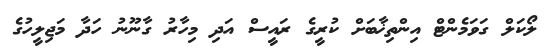
ލޯކަލް ގަވަމެންޓް އިންތިޚާބަށް ކުރީގެ ރައީސް އަދި މިހާރު ގާނޫނު ހަދާ މަޖިލީހުގެ